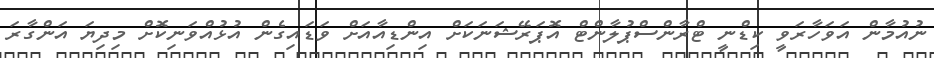
ނުއުމާން އަވަހާރަވީ ކިޑްނީ ޓްރާންސްޕުލާންޓް އޮޕަރޭޝަނަކަށް އިންޑިއާއަށް ވަޑައިގެން އުޅުއްވަނިކޮށް މިދިޔަ އަންގާރަ